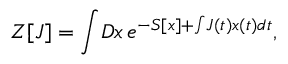
Z [ J ] = \int \! D x \, e ^ { - S [ x ] + \int \! J ( t ) x ( t ) d t } ,